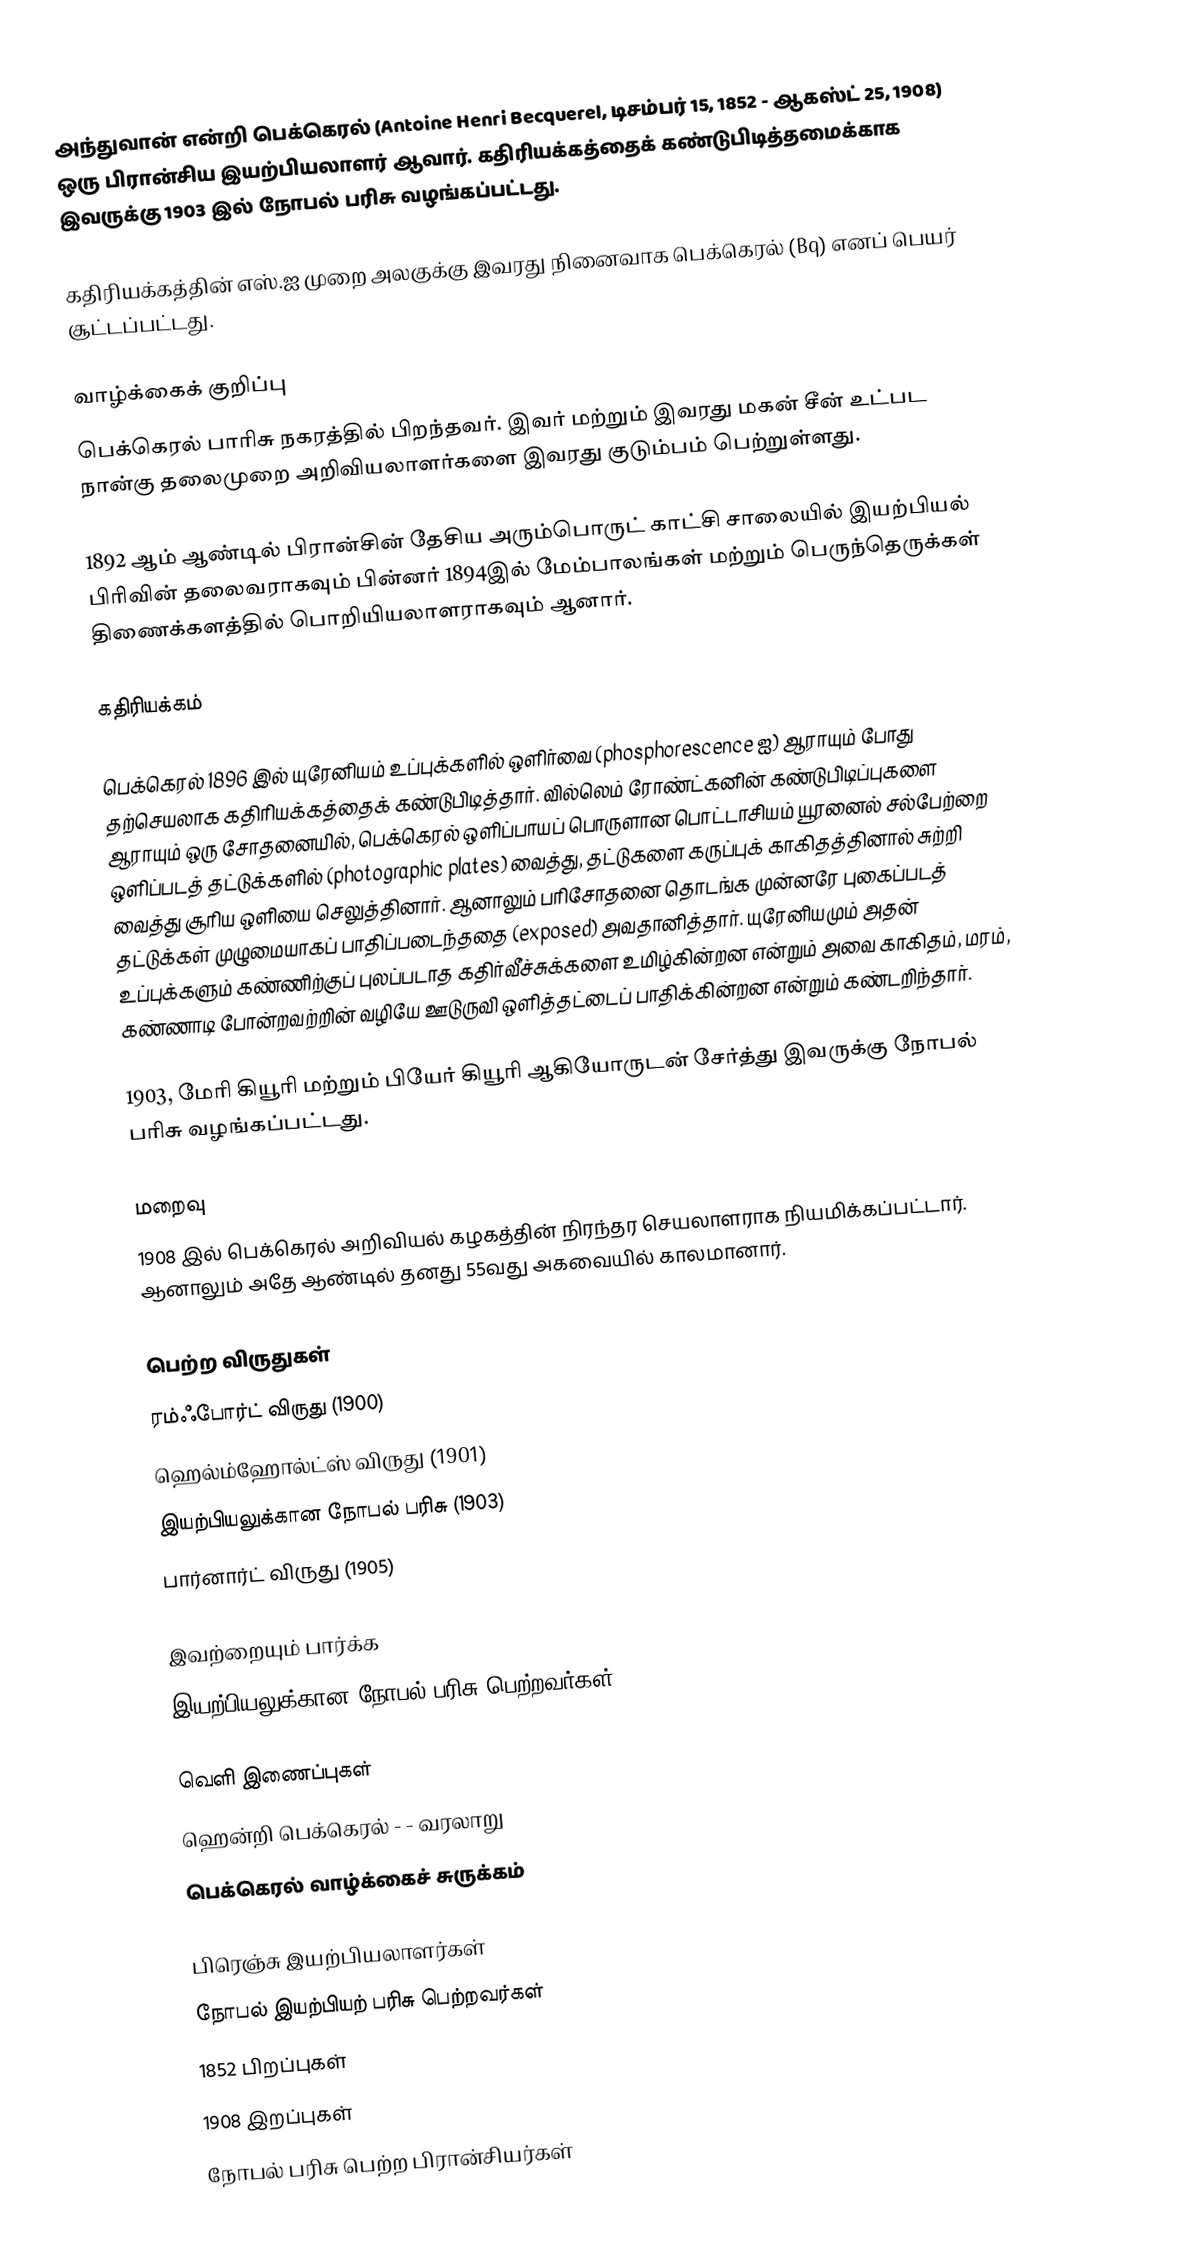
அந்துவான் என்றி பெக்கெரல் (Antoine Henri Becquerel, டிசம்பர் 15, 1852 - ஆகஸ்ட் 25, 1908) ஒரு பிரான்சிய இயற்பியலாளர் ஆவார். கதிரியக்கத்தைக் கண்டுபிடித்தமைக்காக இவருக்கு 1903 இல் நோபல் பரிசு வழங்கப்பட்டது.

கதிரியக்கத்தின் எஸ்.ஐ முறை அலகுக்கு இவரது நினைவாக பெக்கெரல் (Bq) எனப் பெயர் சூட்டப்பட்டது.

வாழ்க்கைக் குறிப்பு
பெக்கெரல் பாரிசு நகரத்தில் பிறந்தவர். இவர் மற்றும் இவரது மகன் சீன் உட்பட நான்கு தலைமுறை அறிவியலாளர்களை இவரது குடும்பம் பெற்றுள்ளது.

1892 ஆம் ஆண்டில் பிரான்சின் தேசிய அரும்பொருட் காட்சி சாலையில் இயற்பியல் பிரிவின் தலைவராகவும் பின்னர் 1894இல் மேம்பாலங்கள் மற்றும் பெருந்தெருக்கள் திணைக்களத்தில் பொறியியலாளராகவும் ஆனார்.

கதிரியக்கம்

பெக்கெரல் 1896 இல் யுரேனியம் உப்புக்களில் ஒளிர்வை (phosphorescence ஐ) ஆராயும் போது தற்செயலாக கதிரியக்கத்தைக் கண்டுபிடித்தார். வில்லெம் ரோண்ட்கனின் கண்டுபிடிப்புகளை ஆராயும் ஒரு சோதனையில், பெக்கெரல் ஒளிப்பாயப் பொருளான பொட்டாசியம் யூரனைல் சல்பேற்றை ஒளிப்படத் தட்டுக்களில் (photographic plates) வைத்து, தட்டுகளை கருப்புக் காகிதத்தினால் சுற்றி வைத்து சூரிய ஒளியை செலுத்தினார். ஆனாலும் பரிசோதனை தொடங்க முன்னரே புகைப்படத் தட்டுக்கள் முழுமையாகப் பாதிப்படைந்ததை (exposed) அவதானித்தார். யுரேனியமும் அதன் உப்புக்களும் கண்ணிற்குப் புலப்படாத கதிர்வீச்சுக்களை உமிழ்கின்றன என்றும் அவை காகிதம், மரம், கண்ணாடி போன்றவற்றின் வழியே ஊடுருவி ஒளித்தட்டைப் பாதிக்கின்றன என்றும் கண்டறிந்தார்.

1903, மேரி கியூரி மற்றும் பியேர் கியூரி ஆகியோருடன் சேர்த்து இவருக்கு நோபல் பரிசு வழங்கப்பட்டது.

மறைவு
1908 இல் பெக்கெரல் அறிவியல் கழகத்தின் நிரந்தர செயலாளராக நியமிக்கப்பட்டார். ஆனாலும் அதே ஆண்டில் தனது 55வது அகவையில் காலமானார்.

பெற்ற விருதுகள்
 ரம்ஃபோர்ட் விருது (1900)
 ஹெல்ம்ஹோல்ட்ஸ் விருது (1901)
 இயற்பியலுக்கான நோபல் பரிசு (1903)
 பார்னார்ட் விருது (1905)

இவற்றையும் பார்க்க
 இயற்பியலுக்கான நோபல் பரிசு பெற்றவர்கள்

வெளி இணைப்புகள்
 ஹென்றி பெக்கெரல் - - வரலாறு
 பெக்கெரல் வாழ்க்கைச் சுருக்கம்

பிரெஞ்சு இயற்பியலாளர்கள்
நோபல் இயற்பியற் பரிசு பெற்றவர்கள்
1852 பிறப்புகள்
1908 இறப்புகள்
நோபல் பரிசு பெற்ற பிரான்சியர்கள்